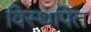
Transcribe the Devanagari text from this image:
विस्थपित